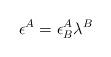
LaTeX: \begin{align*}\epsilon^A = \epsilon^A_B\lambda^B\end{align*}